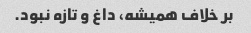
بر خلاف همیشه، داغ و تازه نبود.